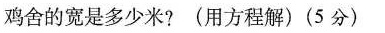
鸡舍的宽是多少米?(用方程解)(5分)